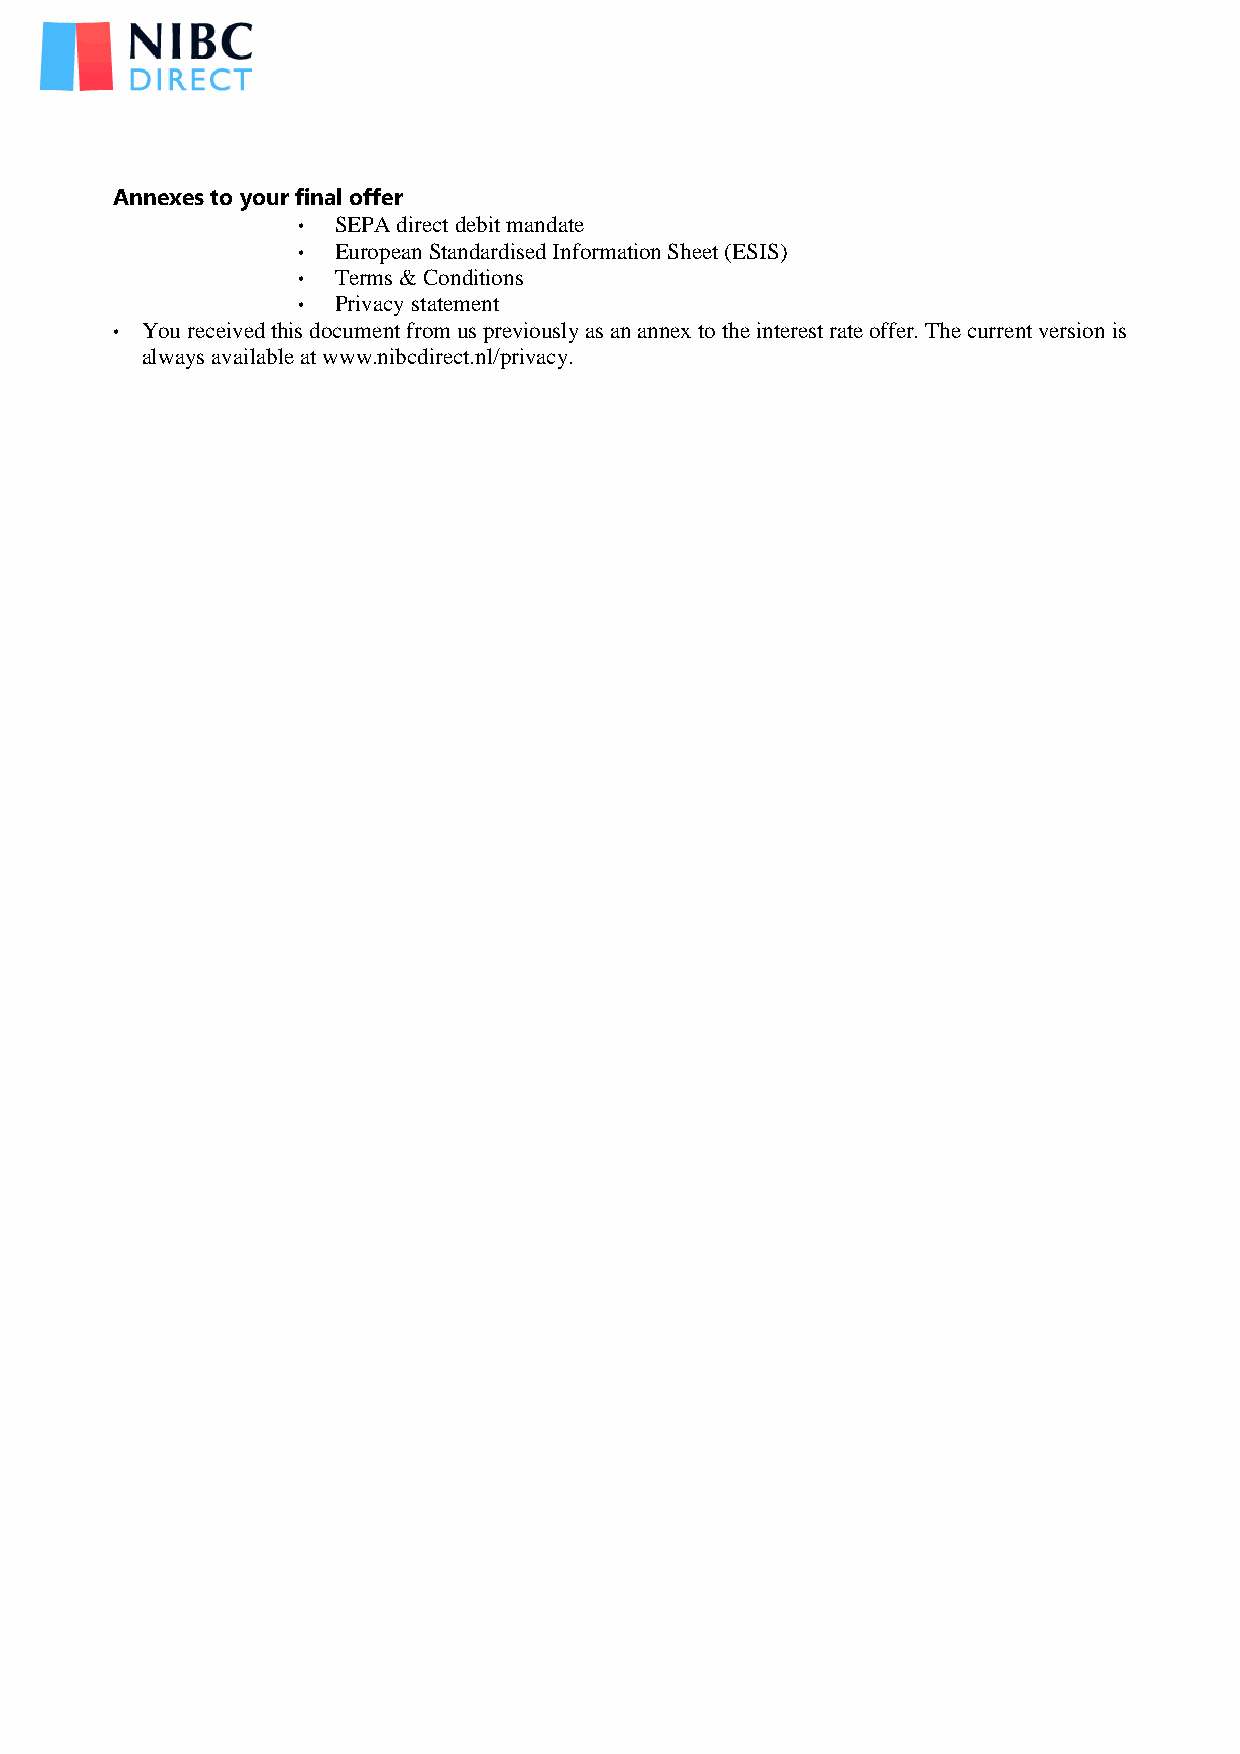
Annexes to your final offer
 • SEPA direct debit mandate
 • European Standardised Information Sheet (ESIS)
 • Terms & Conditions
 • Privacy statement
 • You received this document from us previously as an annex to the interest rate offer. The current version is
 always available at www.nibcdirect.nl/privacy.